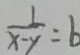
\frac { 1 } { x - y } = b